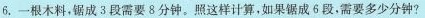
6.一根木料，锯成3段需要8分钟。照这样计算，如果锯成6段。需要多少分钟?